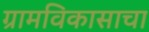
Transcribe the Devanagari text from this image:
ग्रामविकासाचा